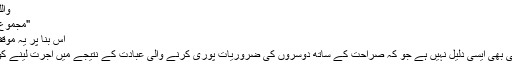
واللہ اعلم" انتہی مختصراً
"مجموع الفتاوى" (30/204)
اس بنا پر یہ موقف اپنانا ممکن ہے کہ:
کتاب و سنت میں کوئی بھی ایسی دلیل نہیں ہے جو کہ صراحت کے ساتھ دوسروں کی ضروریات پوری کرنے والی عبادت کے نتیجے میں اجرت لینے کو حرام قرار دیتی ہوں۔